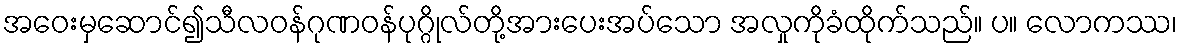
အဝေးမှဆောင်၍သီလဝန်ဂုဏဝန်ပုဂ္ဂိုလ်တို့အားပေးအပ်သော အလှုကိုခံထိုက်သည်။ ပ။ လောကဿ၊